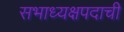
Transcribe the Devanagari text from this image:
सभाध्यक्षपदाची